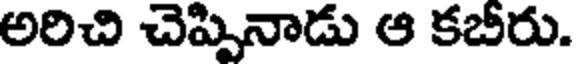
అరిచి చెప్పినాడు ఆ కబీరు.